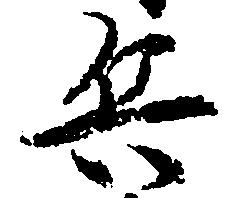
兵